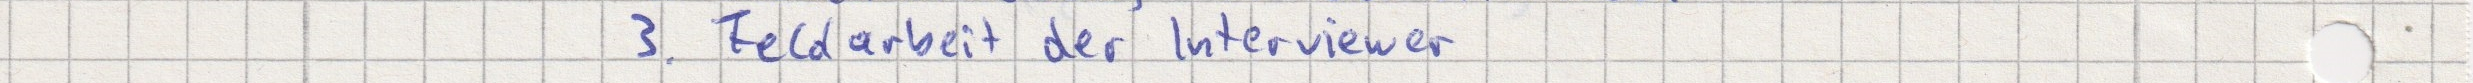
3. Feldarbeit der Interviewer